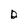
Character: D